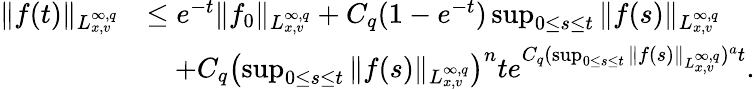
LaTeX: \begin{array}{rl}{\Vert f(t)\Vert_{L_{x,v}^{\infty,q}}}&{\leq e^{-t}\Vert f_{0}\Vert_{L_{x,v}^{\infty,q}}+C_{q}(1-e^{-t})\operatorname*{sup}_{0\leq s\leq t}\Vert f(s)\Vert_{L_{x,v}^{\infty,q}}}\\ &{\quad+C_{q}\left(\operatorname*{sup}_{0\leq s\leq t}\Vert f(s)\Vert_{L_{x,v}^{\infty,q}}\right)^{n}te^{C_{q}(\operatorname*{sup}_{0\leq s\leq t}\Vert f(s)\Vert_{L_{x,v}^{\infty,q}})^{a}t}.}\end{array}